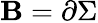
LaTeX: {\cal\mathbf{B}}=\partial\Sigma